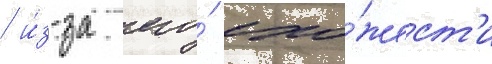
/ и́з-за его́ схо́жест'и